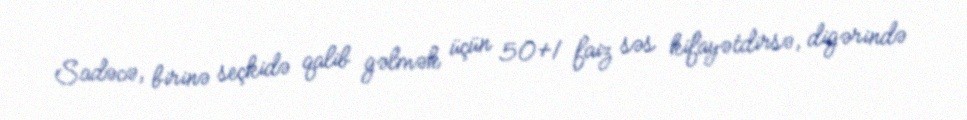
Sadəcə, birinə seçkidə qalib gəlmək üçün 50+1 faiz səs kifayətdirsə, digərində